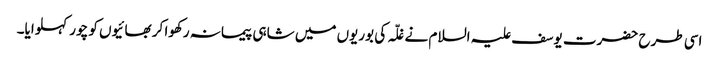
اسی طرح حضرت یوسف علیہ السلام نے غلّہ کی بوریوں میں شاہی پیمانہ رکھوا کر بھائیوں کو چور کہلوایا۔